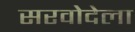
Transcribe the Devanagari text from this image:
सरवोदेला